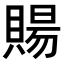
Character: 𧶽